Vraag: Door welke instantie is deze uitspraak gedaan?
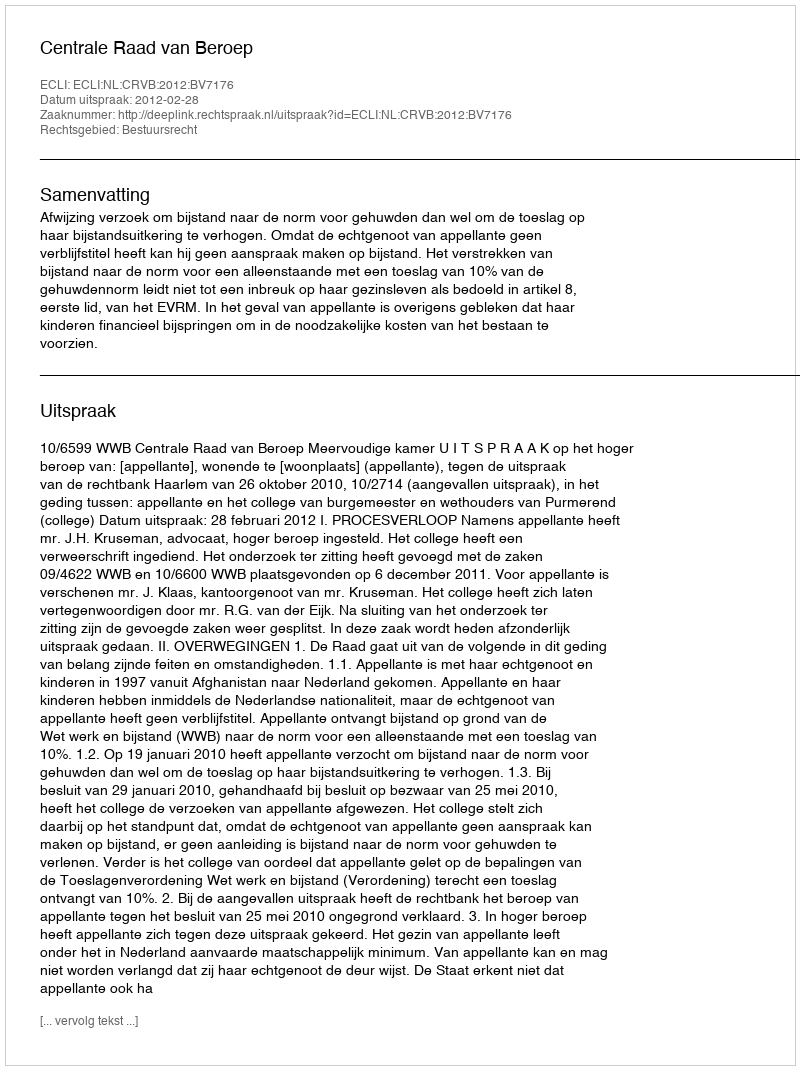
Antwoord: Centrale Raad van Beroep